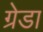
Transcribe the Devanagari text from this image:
ग्रेडा